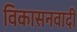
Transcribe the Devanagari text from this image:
विकासनवादी